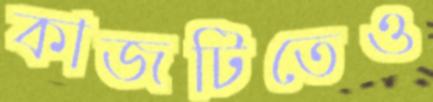
কাজটিতেও